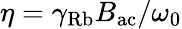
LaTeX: \eta=\gamma_{\mathrm{Rb}}B_{\mathrm{ac}}/\omega_{0}